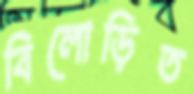
বিলোড়িত